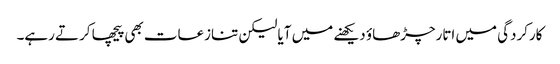
کارکردگی میں اتارچڑھاؤ دیکھنے میں آیا لیکن تنازعات بھی پیچھا کرتے رہے۔